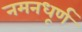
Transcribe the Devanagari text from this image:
नमनधूर्ण